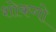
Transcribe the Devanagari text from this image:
शोकगो